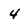
Character: 4